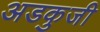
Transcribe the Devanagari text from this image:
अडकुजी